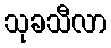
သုခသီလာ